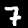
Label: 7